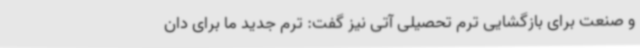
و صنعت برای بازگشایی ترم تحصیلی آتی نیز گفت: ترم جدید ما برای دان